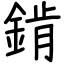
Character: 錹